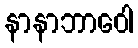
နာနာဘာဝေါ